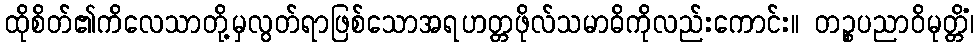
ထိုစိတ်၏ကိလေသာတို့မှလွတ်ရာဖြစ်သောအရဟတ္တဖိုလ်သမာဓိကိုလည်းကောင်း။ တဉ္စပညာဝိမုတ္တိံ၊